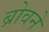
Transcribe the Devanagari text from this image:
ब्रोवने